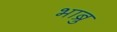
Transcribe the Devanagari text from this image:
भाब्रु